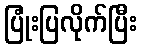
ပြုံးပြလိုက်ပြီး